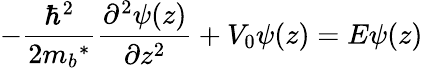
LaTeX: -{\frac{\hbar^{2}}{2m{_{b}}^{*}}}{\frac{\partial^{2}\psi(z)}{\partial z^{2}}}+V_{0}\psi(z)=E\psi(z)